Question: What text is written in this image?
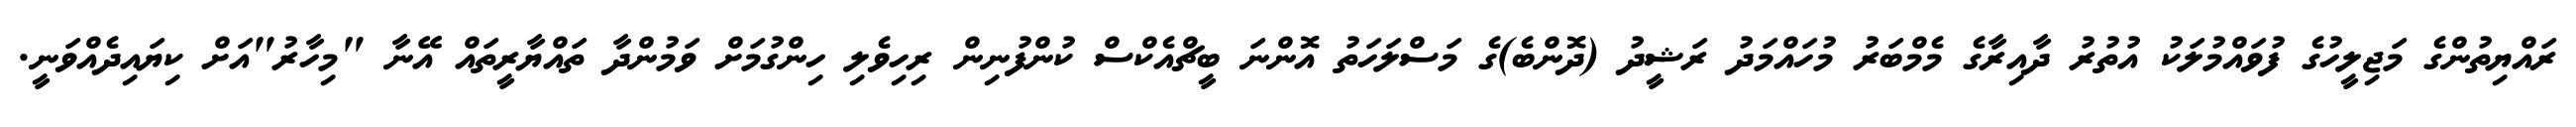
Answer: ރައްޔިތުންގެ މަޖިލީހުގެ ފުވައްމުލަކު އުތުރު ދާއިރާގެ މެމްބަރު މުހައްމަދު ރަޝީދު (ދޮންބެ)ގެ މަސްލަހަތު އޮންނަ ބީޗްއެކްސް ކުންފުނިން ރިހިވެލި ހިންގުމަށް ވަމުންދާ ތައްޔާރީތައް އޭނާ "މިހާރު"އަށް ކިޔައިދެއްވަނީ.